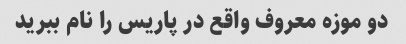
دو موزه معروف واقع در پاریس را نام ببرید